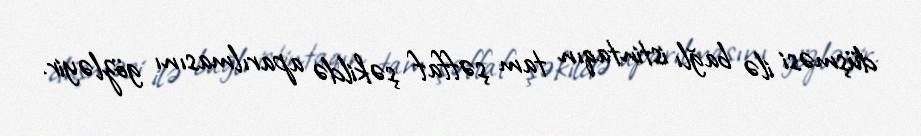
düşməsi ilə bağlı istintaqın tam şəffaf şəkildə aparılmasını gözləyir.